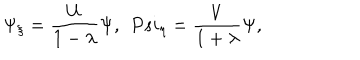
LaTeX: \Psi _ { \xi } = \frac { U } { 1 - \lambda } \Psi , \ \, P s i _ { \eta } = \frac { V } { 1 + \lambda } \Psi ,